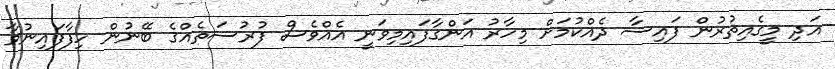
އަދި މީގެއިތުރުން ފައިސާ ދެއްކުމަށް މިހާރު އަންގާފައިމިވަނީ އެއްވެސް ފުރުސަތެއްގެ ބޭނުން ހިފާފައިނުވާ